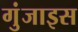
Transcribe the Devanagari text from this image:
गुंजाइस